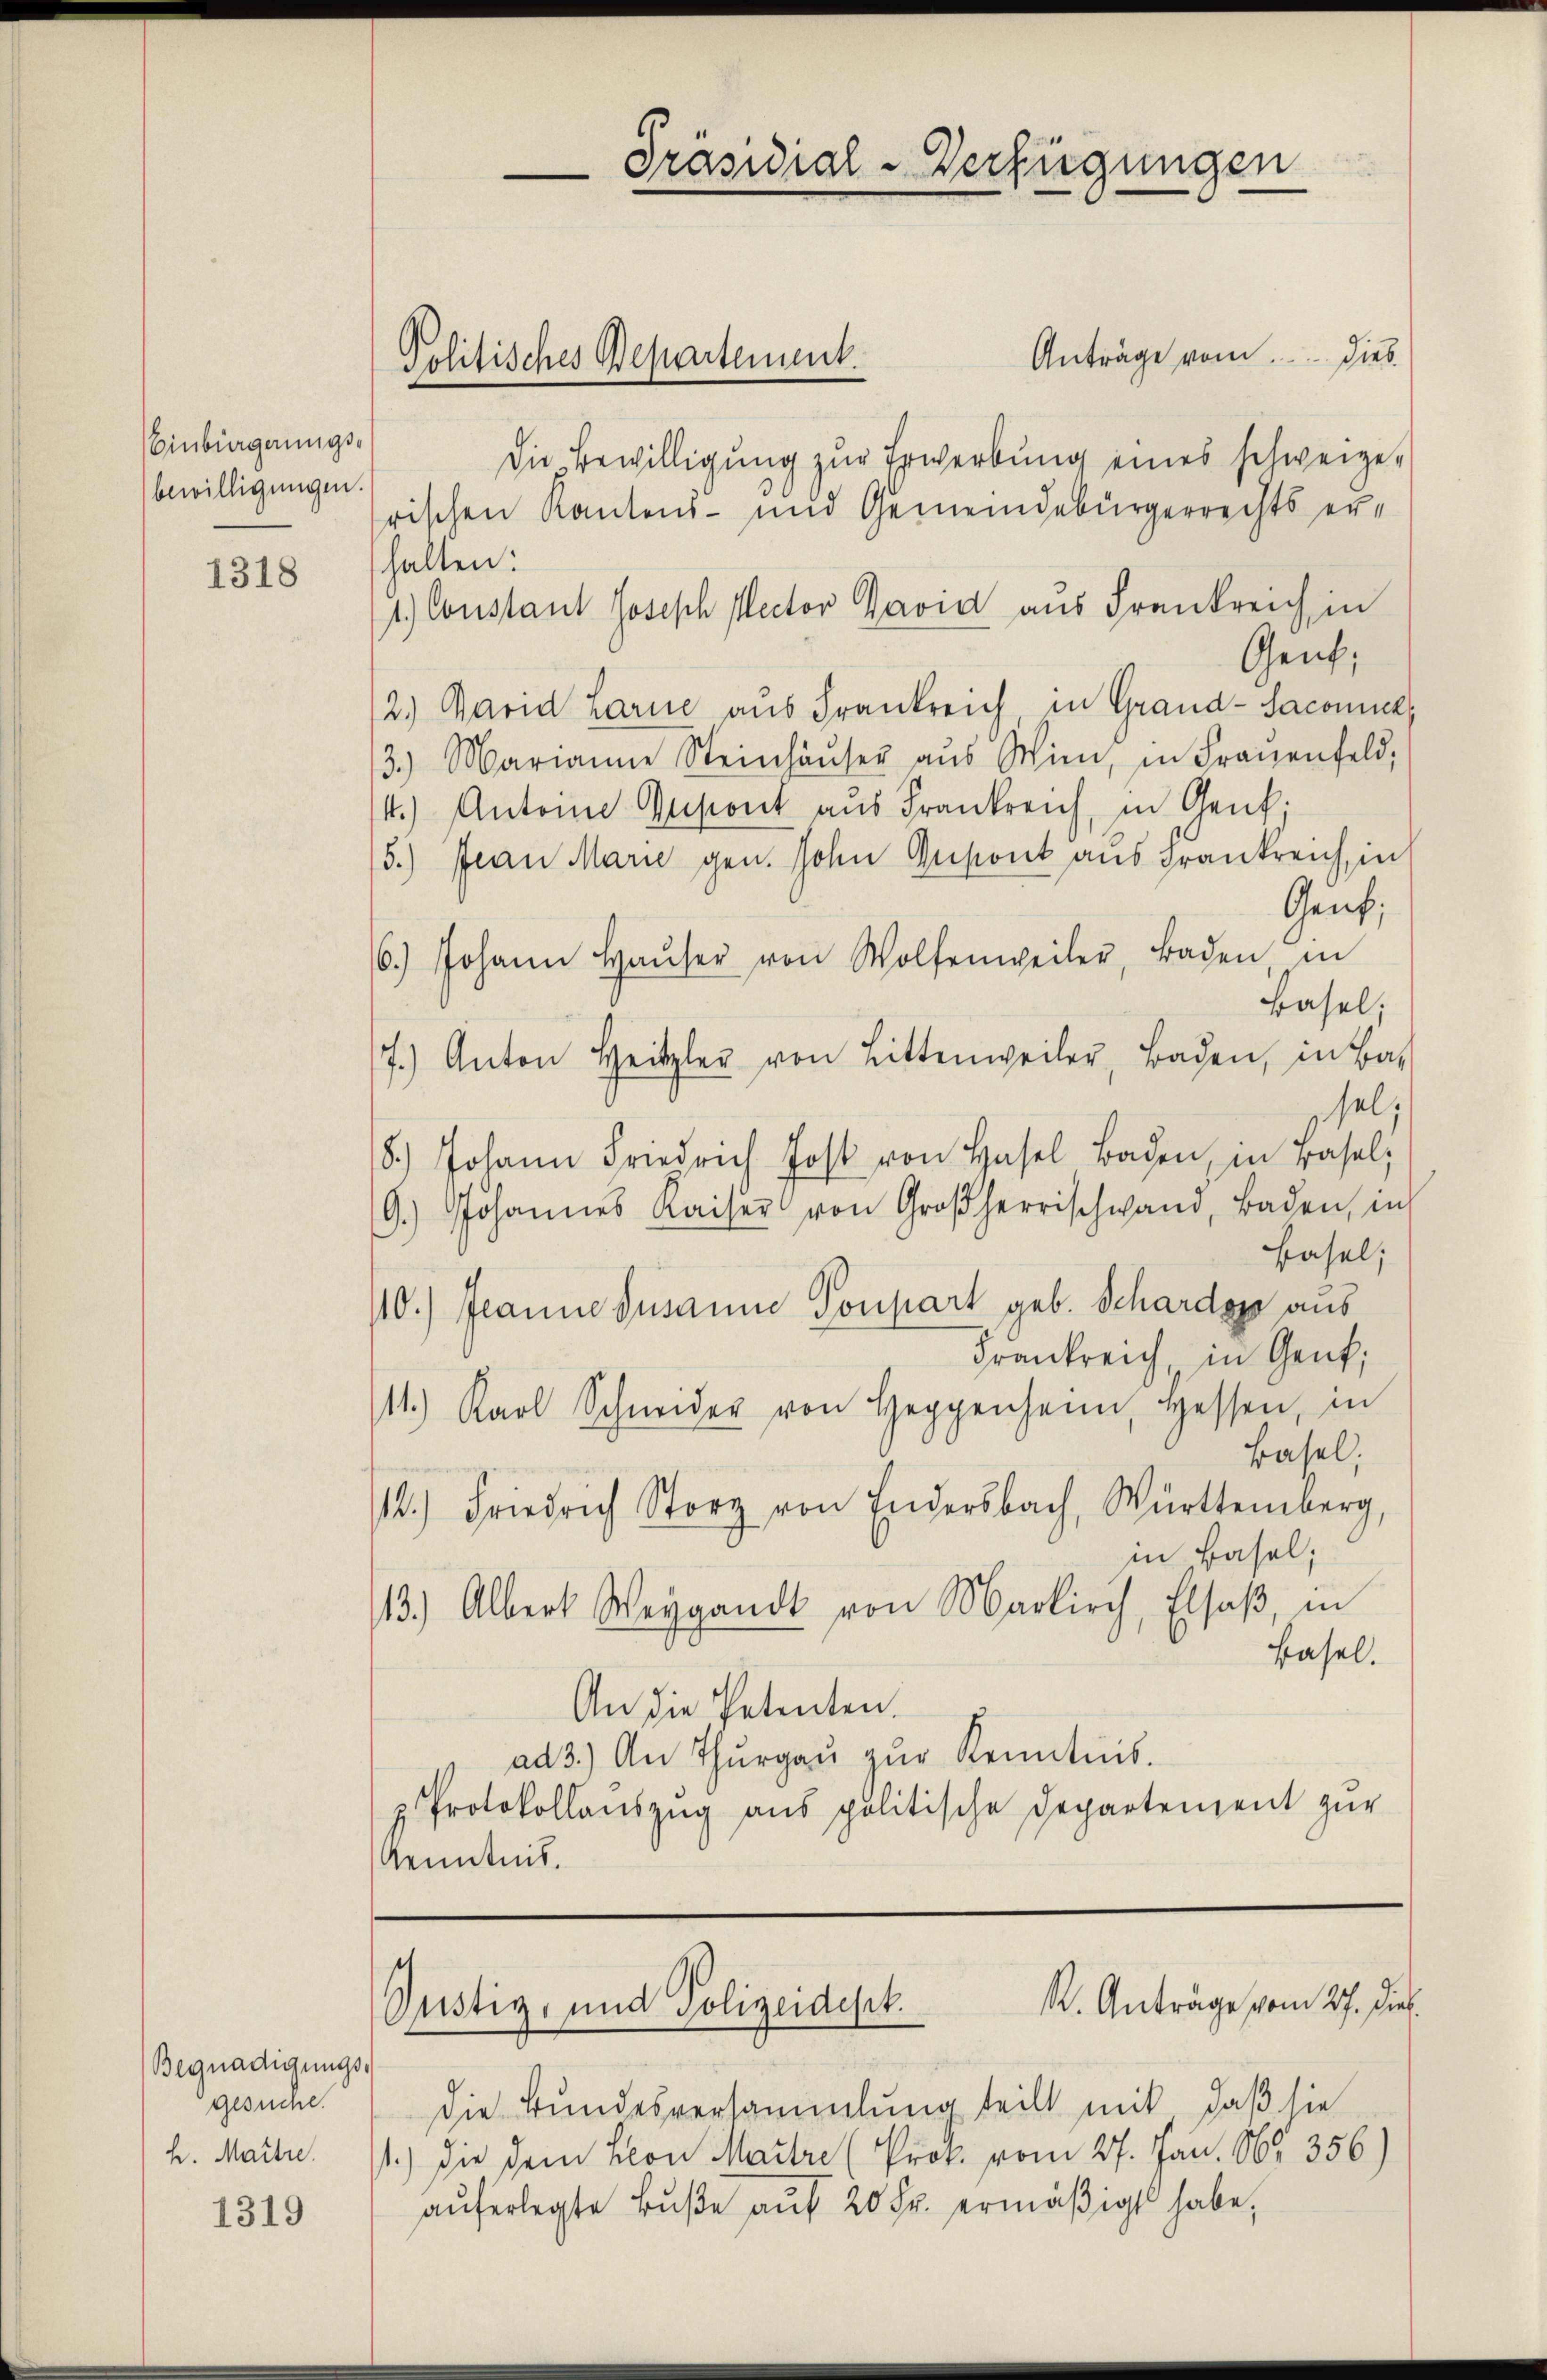
Einbürgerungs-
bewilligungen.

1318

Begnadigungsgesuche.
h. Martie.

1319

Anträge vom..... dies
Die Bewilligung zur Erwerbung eines schweizerischen Kantons- und Gemeindebürgerrechts erhalten:
1.) Constant Joseph Pector David aus Frankreich in
Gent,
2.) David Zarne aus Frankreich, in Grand-Sacomich,
3.) Marianne Steinhäŭser aus Wien, in Frauenfeld,
4.) Antoine Gusont aus Frankreich, in Genf;
5.) Frau Marie gen. Hohen Gustont aus Frankreich, in
Genf,
6.) Johann Haŭser von Wolfenweiler, Baden in
Basel,
7.) Anton Heitzler von Bittenweiler, Baden, in Ba
sel;
8.) Johann Friedrich Jost von Hasel Baden, in Basel,
9.) Johannes Kaiser von Großherrschwand, Baden, in
Basel;
10.) Jeanne Susanne Ponpart geb. Schardoje aus
Frankreich, in Gent,
11.) Karl Schneider von Hegenheim, Hessen, in
Basel,
12.) Friedrich Stor von Endersbach, Württemberg,
in Basel;
13.) Albert Weigandt von Markirch, Elsaß, in
Hasel.
An die Petenten.
ad 3.) An Thurgau zur Kenntnis.
z. Protokollauszug aus politische Departement zur
Kenntnis.

Präsidial-Verfügungen

Politisches Departement.

.
W. Anträge vom 27. Die.
Oustiz- und Polizeidest.

die Bundesversammlung teilt mit, daß sie
1.) Die dem Leon Maitre (Proz. vom 27. Jan. 96. 356
aŭferlegte Bŭβe aŭf 20 Fr. ermäßigt habe,